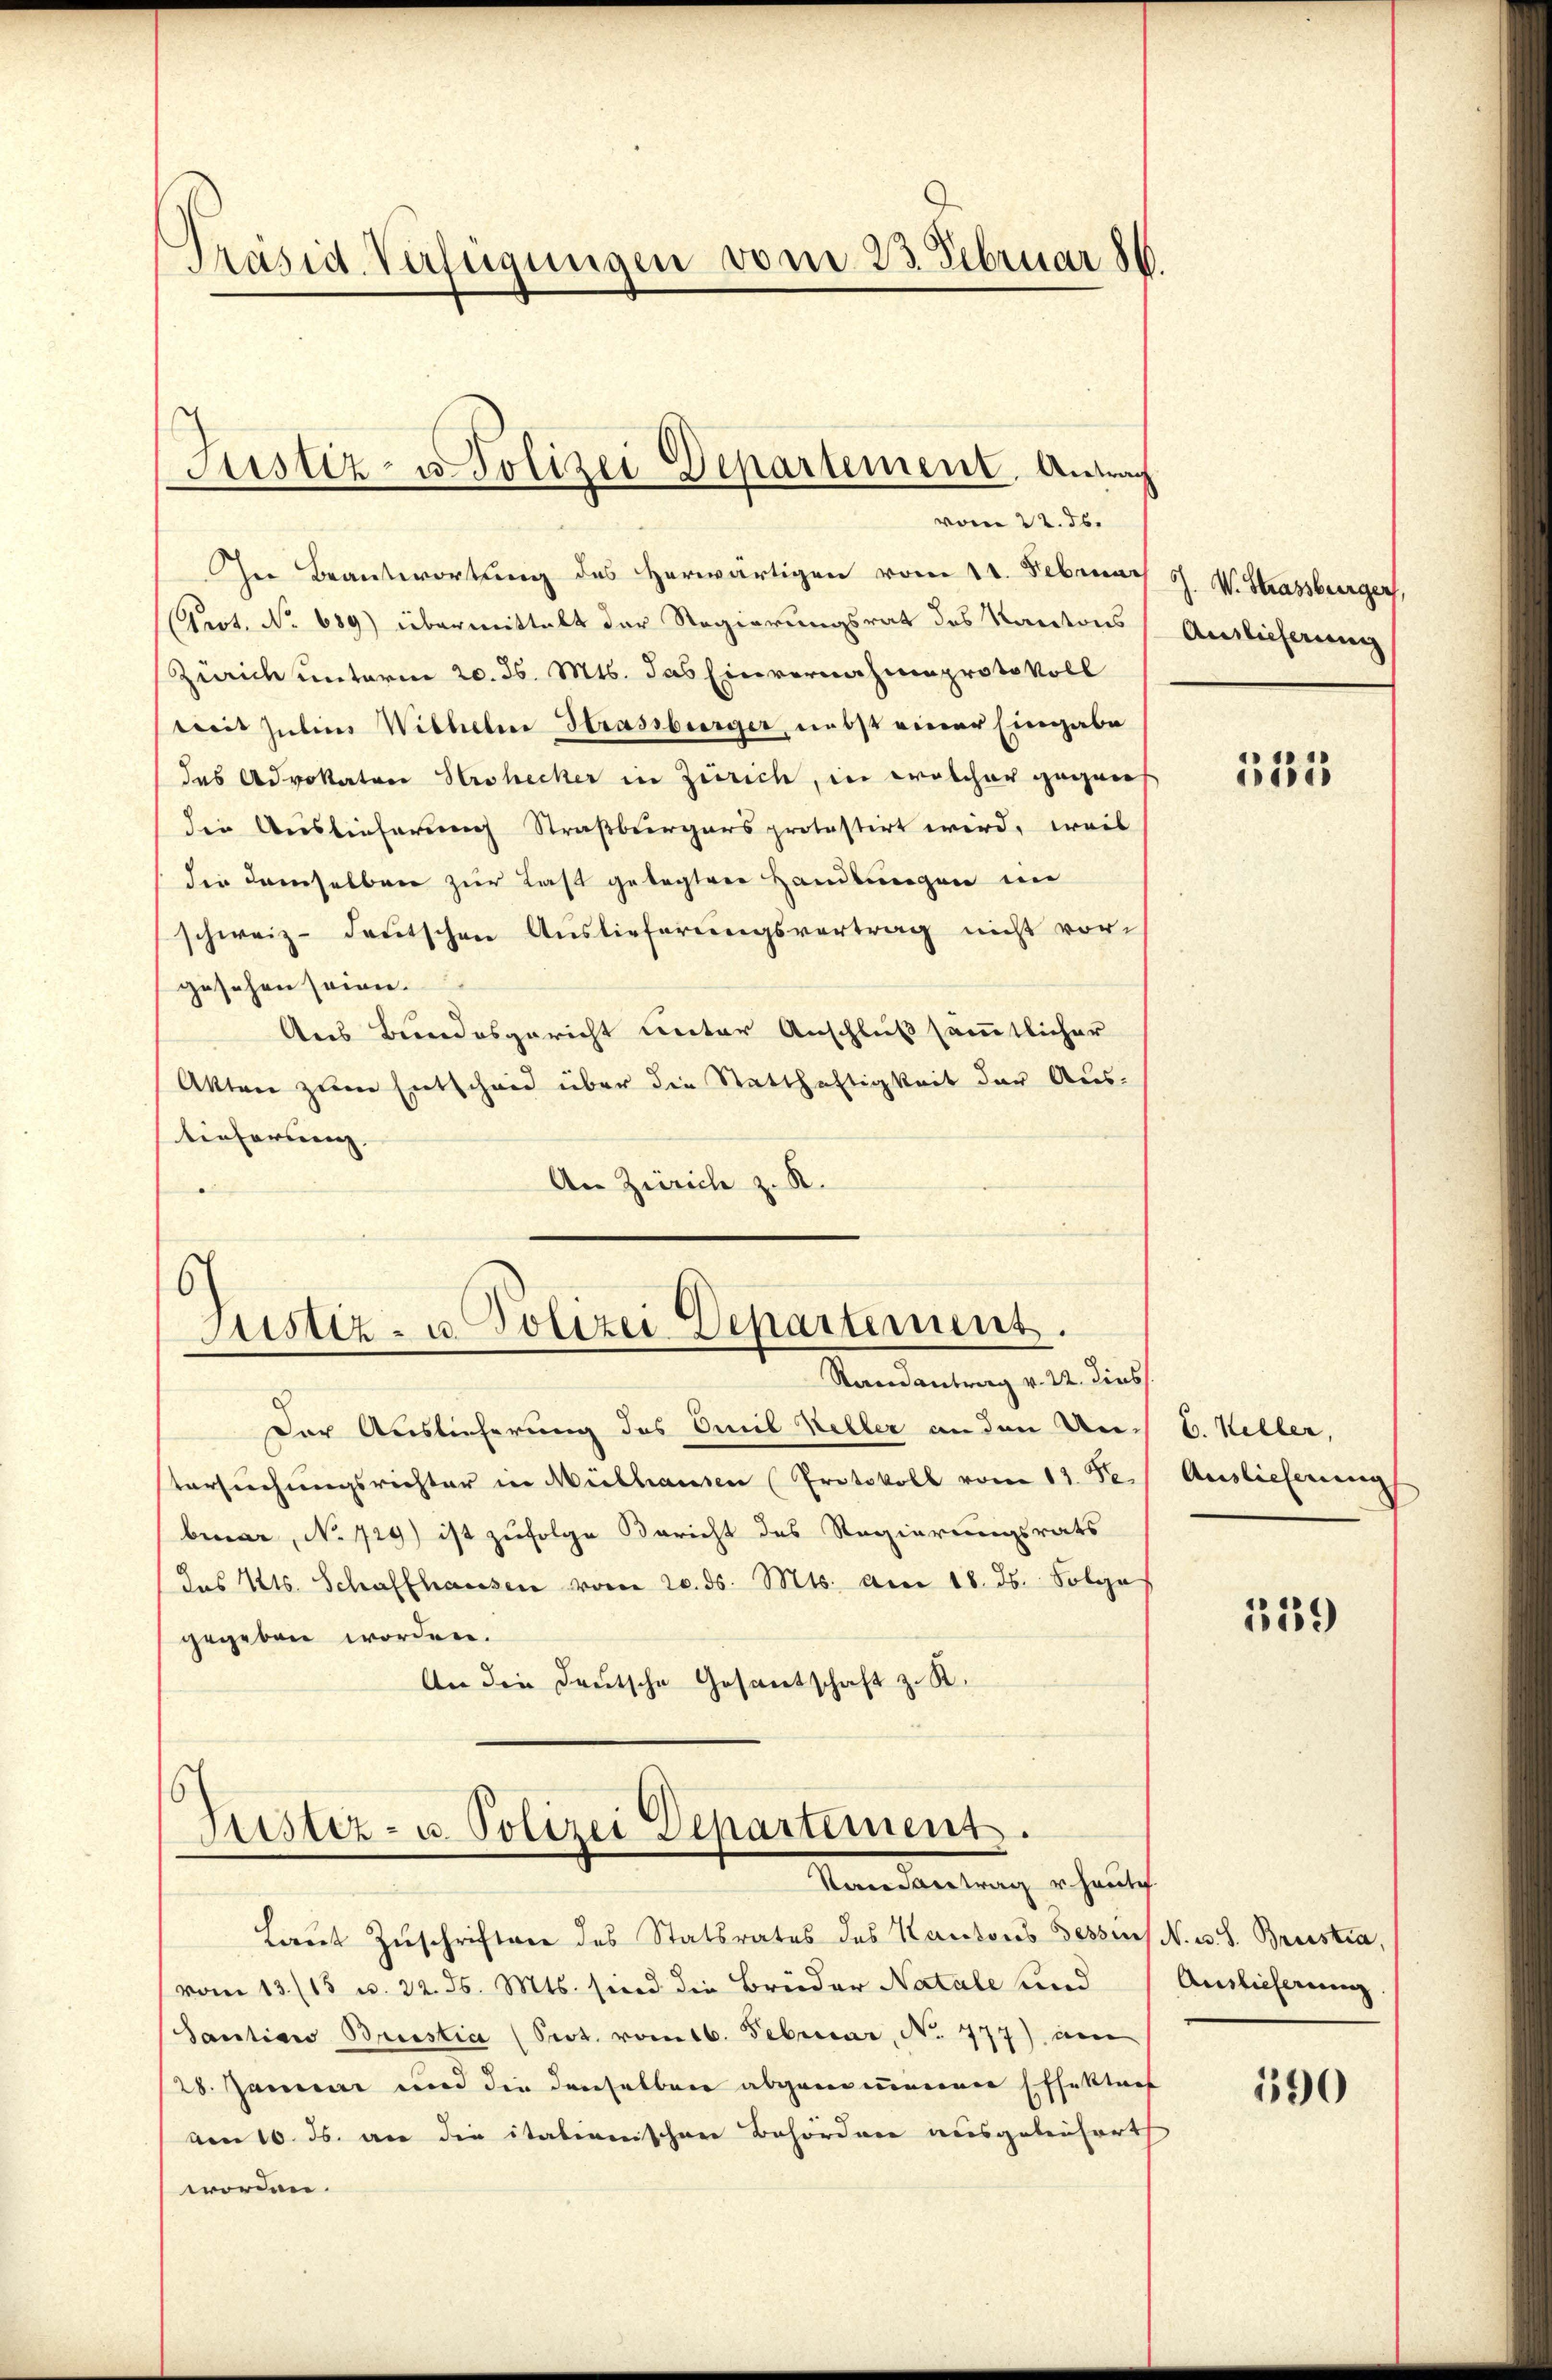
Präsid. Verfügungen vom 23. Februar 86.

Justiz- u. Polizei Departement. Antrag

vom 22. ds.
In Beantwortung des Herwärtigen vom 11. Februar
Prot. No 689) übermittelt der Regierungsrat des Kantons
Zürich unterm 20. d. Mts. das Einvernahmsprotokoll
treit Julius Wilhelm Strassburger, nebst einer Eingabe
das Advokator Strohecker in Zürich, in welcher gegens
die Auslieferung Straßburgers protestirt wird, weil
die demselben zur Last gelegten Handlungen im
schweiz. deutschen Auslieferŭngsvertrag nicht vorgesehen seien.
Aus Bundesgericht unter Anschluß sämmtlicher
Akten zum Entscheid über die Statthaftigkeit der Aus-
tieferung.
An Zürich z. R.

6)
Justiz- u. Polizei Departement.
Randantrag v. 22. Dies

Der Auslieferung des Omil Weller an den Un-
tersuchungsrichter in Mülhausen Protokoll vom 17. Fe
bruar, No 729) ist zufolge Bericht des Regierungsrats
das Kts. Schaffhausen vom 20. ds. Mts. am 18. ds. Folge
gegeben worden.
An die Deutsche Gesantschaft z. R.

16
Justiz- u. Polizei Departement.
Vennleitung erhaupt

Laut Zuschriften des Statsrates des Kantons Besses N. w. S. Briska,
vom 13./13 u. 22. ds. Mts. sind die Brüder Natale und (Auslieferung.
Santian Brustia (Seot. vom 16. Februar, No. 777) an
28. Januar und die denselben abgenommenen Effektes
von 10. ds. an die italianischen Behördenen ausgebenfort
worden.

J. V. Strassburger,
Auslieferung

515

E. Keller,
Auslieferung

1559

190